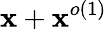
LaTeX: \mathbf{x}+\mathbf{x}^{o(1)}